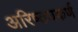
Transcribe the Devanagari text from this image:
अरिष्ठ्यकर्ण